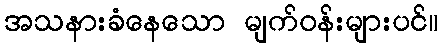
အသနားခံနေသော မျက်ဝန်းများပင်။